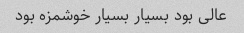
عالی بود بسیار بسیار خوشمزه بود